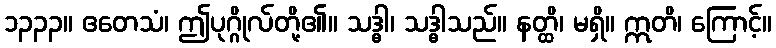
၁၃၃၃။ ဧတေသံ၊ ဤပုဂ္ဂိုလ်တို့၏။ သဒ္ဓါ၊ သဒ္ဓါသည်။ နတ္ထိ၊ မရှိ။ ဣတိ၊ ကြောင့်။